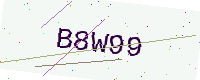
Text: B8W99